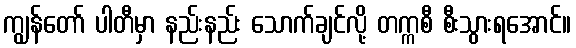
ကျွန်တော် ပါတီမှာ နည်းနည်း သောက်ချင်လို့ တက္ကစီ စီးသွားရအောင်။